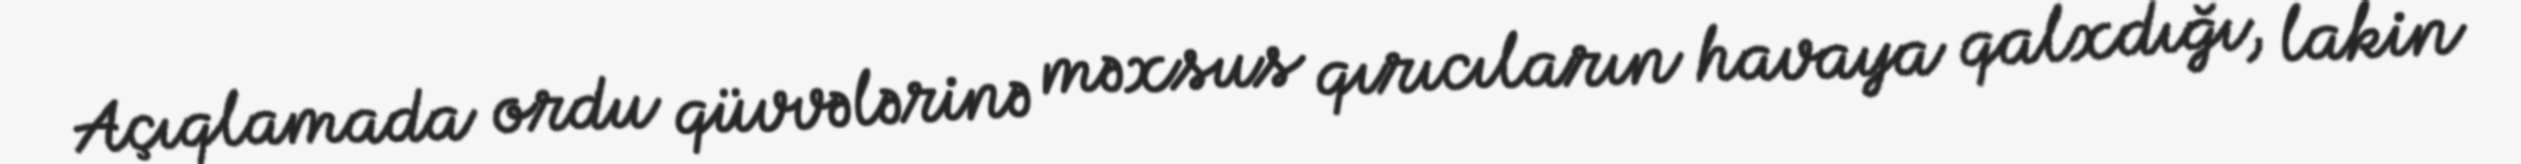
Açıqlamada ordu qüvvələrinə məxsus qırıcıların havaya qalxdığı, lakin